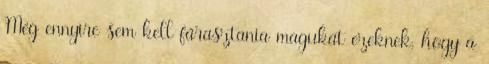
Még ennyire sem kell fárasztania magukat ezeknek, hogy a